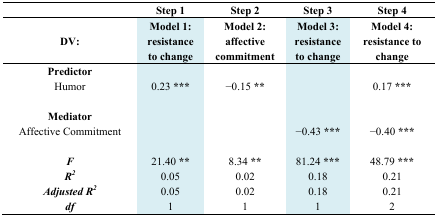
<table><thead><tr><td></td><td><b>Step 1</b></td><td><b>Step 2</b></td><td><b>Step 3</b></td><td><b>Step 4</b></td></tr><tr><td rowspan="2"><b>DV:</b></td><td><b>Model 1:</b></td><td><b>Model 2:</b></td><td><b>Model 3:</b></td><td><b>Model 4:</b></td></tr><tr><td><b>resistance to change</b></td><td><b>affective commitment</b></td><td><b>resistance to change</b></td><td><b>resistance to change</b></td></tr></thead><tbody><tr><td><b>Predictor</b></td><td></td><td></td><td></td><td></td></tr><tr><td>Humor</td><td>0.23 ***</td><td>−0.15 **</td><td></td><td>0.17 ***</td></tr><tr><td><b>Mediator</b></td><td></td><td></td><td></td><td></td></tr><tr><td>Affective Commitment</td><td></td><td></td><td>−0.43 ***</td><td>−0.40 ***</td></tr><tr><td><b><i>F</i></b></td><td>21.40 **</td><td>8.34 **</td><td>81.24 ***</td><td>48.79 ***</td></tr><tr><td><b><i>R<sup>2</sup></i></b></td><td>0.05</td><td>0.02</td><td>0.18</td><td>0.21</td></tr><tr><td><b><i>Adjusted R<sup>2</sup></i></b></td><td>0.05</td><td>0.02</td><td>0.18</td><td>0.21</td></tr><tr><td><b><i>df</i></b></td><td>1</td><td>1</td><td>1</td><td>2</td></tr></tbody></table>